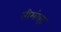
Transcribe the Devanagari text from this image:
तीमंगढ़